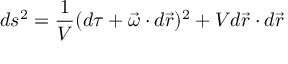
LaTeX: d s ^ { 2 } = \frac { 1 } { V } ( d \tau + \vec { \omega } \cdot d \vec { r } ) ^ { 2 } + V d \vec { r } \cdot d \vec { r }